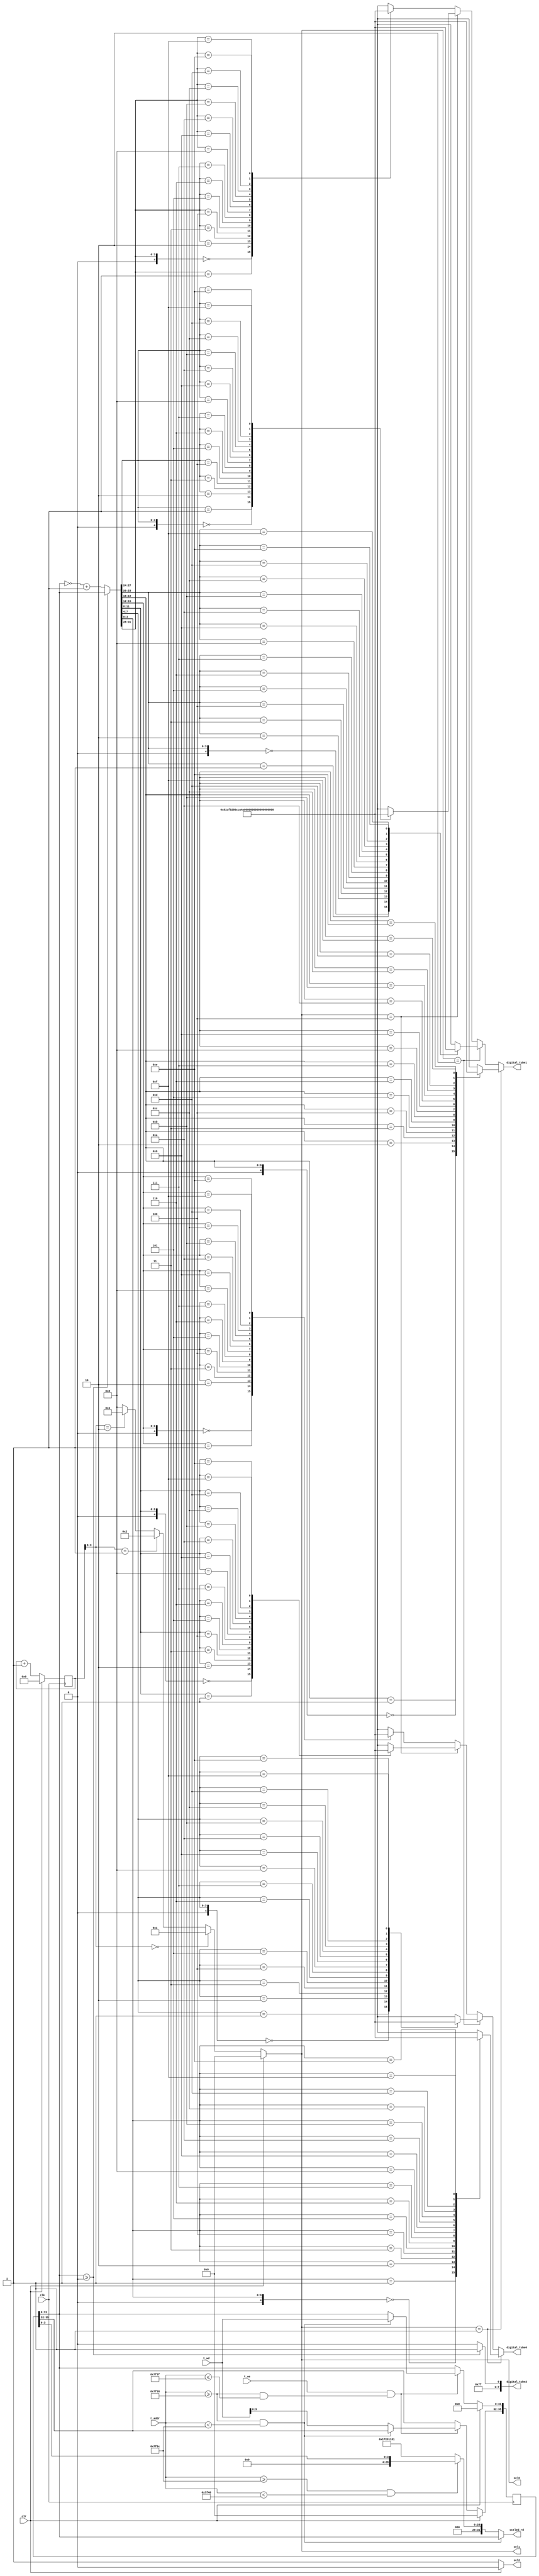
`timescale 1ns / 1ps

module octled(digital_tube0,digital_tube1,digital_tube2,
              sel0,sel1,sel2,
				  clk,clr,t_addr,t_we,t_wd,octled_rd);
output [7:0] digital_tube0,digital_tube1,digital_tube2;
input clk,clr,t_we;
input [31:0]t_addr,t_wd;
output [31:0] octled_rd;
output [3:0] sel0,sel1;
output sel2;

reg [9:0] cnt;
reg [35:0] data;
assign sel0=(clr)?4'b0000:
				(cnt[9:8]==2'b00)?4'b0001:
				(cnt[9:8]==2'b01)?4'b0010:
				(cnt[9:8]==2'b10)?4'b0100:
				                  4'b1000;
assign sel1=sel0;
assign sel2=(clr)?1'b0:
				1'b1;
assign octled_rd=(t_addr>=32'h7f38 &&t_addr<32'h7f3c)?data[31:0]:
						(t_addr>=32'h7f3c &&t_addr<32'h7f40)?{28'b0,data[3:0]}:
						32'h17231181;


wire [7:0] tmp[17:0];
assign tmp[0]= 8'h81;      assign tmp[8]=8'h80;
assign tmp[1]= 8'hcf ;     assign tmp[9]=8'h84;
assign tmp[2]=	8'h92	;		assign tmp[10]=8'h88;
assign tmp[3]=	8'h86	;		assign tmp[11]=8'he0;
assign tmp[4]=	8'hcc	;		assign tmp[12]=8'hb1;
assign tmp[5]=	8'ha4	;		assign tmp[13]=8'hc2;
assign tmp[6]=	8'ha0	;		assign tmp[14]=8'hb0;
assign tmp[7]=	8'h8f	;		assign tmp[15]=8'hb8;
assign tmp[16]=8'hff;/*no*/ assign tmp[17]=8'hfe;/*-*/

wire [31:0] ndata;
assign ndata=($signed(data[31:0])>=0)?data[31:0]:(~data[31:0])+1;
assign digital_tube0=(sel0==4'b0001)?tmp[ndata[3:0]]:
                      (sel0==4'b0010)?tmp[ndata[7:4]]:
							 (sel0==4'b0100)?tmp[ndata[11:8]]:
							 tmp[ndata[15:12]];
assign digital_tube1=(sel1==4'b0001)?tmp[ndata[19:16]]:
                      (sel1==4'b0010)?tmp[ndata[23:20]]:
							 (sel1==4'b0100)?tmp[ndata[27:24]]:
							 tmp[ndata[31:28]];
assign digital_tube2=/*tmp[data[35:32]];*/
							$signed(data[31:0])>=0?tmp[16]:tmp[17];
always @(posedge clk)
	begin
	if(clr)
		begin
			data<=36'b0;
			cnt<=10'b0;
		end
	else
		begin
			cnt<=cnt+1;
			if(t_we&& (t_addr>=32'h7f38 && t_addr<=32'h7f3f))
				begin
					if (t_addr>=32'h7f38 &&t_addr<32'h7f3c)
						data[31:0]<=t_wd;
					else
						data[35:32]<=t_wd[3:0];
				end
		end
	end

endmodule